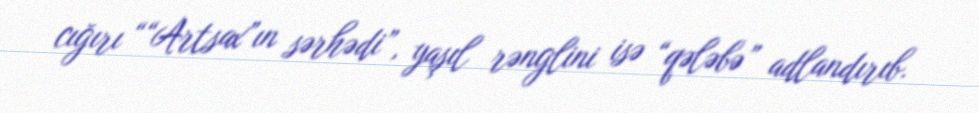
cığırı ““Artsax”ın sərhədi”, yaşıl rənglini isə “qələbə” adlandırıb.